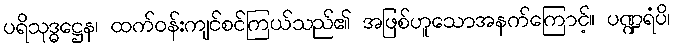
ပရိသုဒ္ဓဋ္ဌေန၊ ထက်ဝန်းကျင်စင်ကြယ်သည်၏ အဖြစ်ဟူသောအနက်ကြောင့်။ ပဏ္ဍရံပိ၊